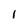
Character: 1